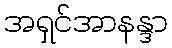
အရှင်အာနန္ဒာ